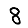
Digit: 8